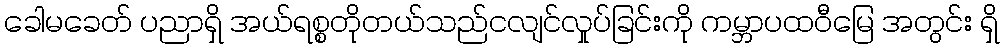
ခေါမခေတ် ပညာရှိ အယ်ရစ္စတိုတယ်သည်ငလျင်လှုပ်ခြင်းကို ကမ္ဘာပထဝီမြေ အတွင်း ရှိ